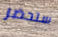
ستحضر